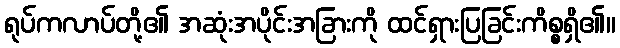
ရုပ်ကလာပ်တို့၏ အဆုံးအပိုင်းအခြားကို ထင်ရှားပြခြင်းကိစ္စရှိ၏။